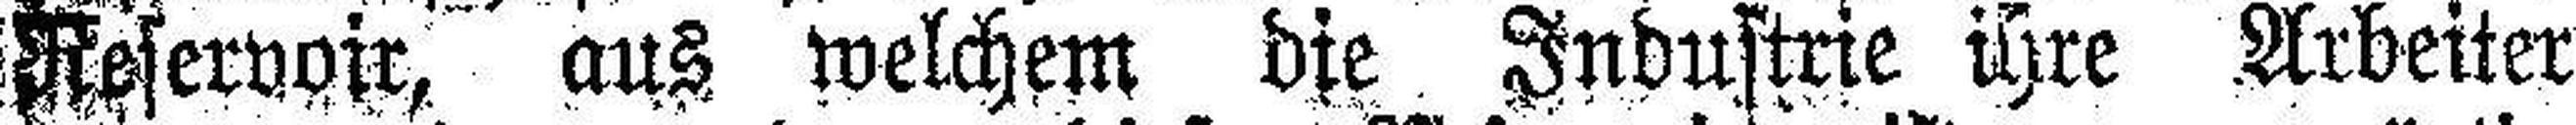
Reservoir, aus welchem die Industrie ihre Arbeiter